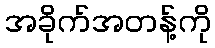
အခိုက်အတန့်ကို